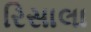
રિસાલા